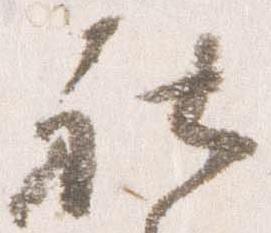
社